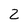
Character: 2